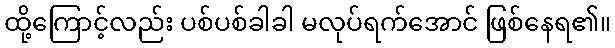
ထို့ကြောင့်လည်း ပစ်ပစ်ခါခါ မလုပ်ရက်အောင် ဖြစ်နေရ၏။